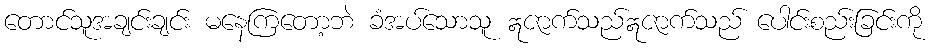
တောင်သူအချင်းချင်း မနေကြတော့ဘဲ ခံအပ်သောသူ ဣဇာက်သည်ဣဇာက်သည် ပေါင်းစည်းခြင်းကို